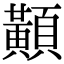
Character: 𪏔